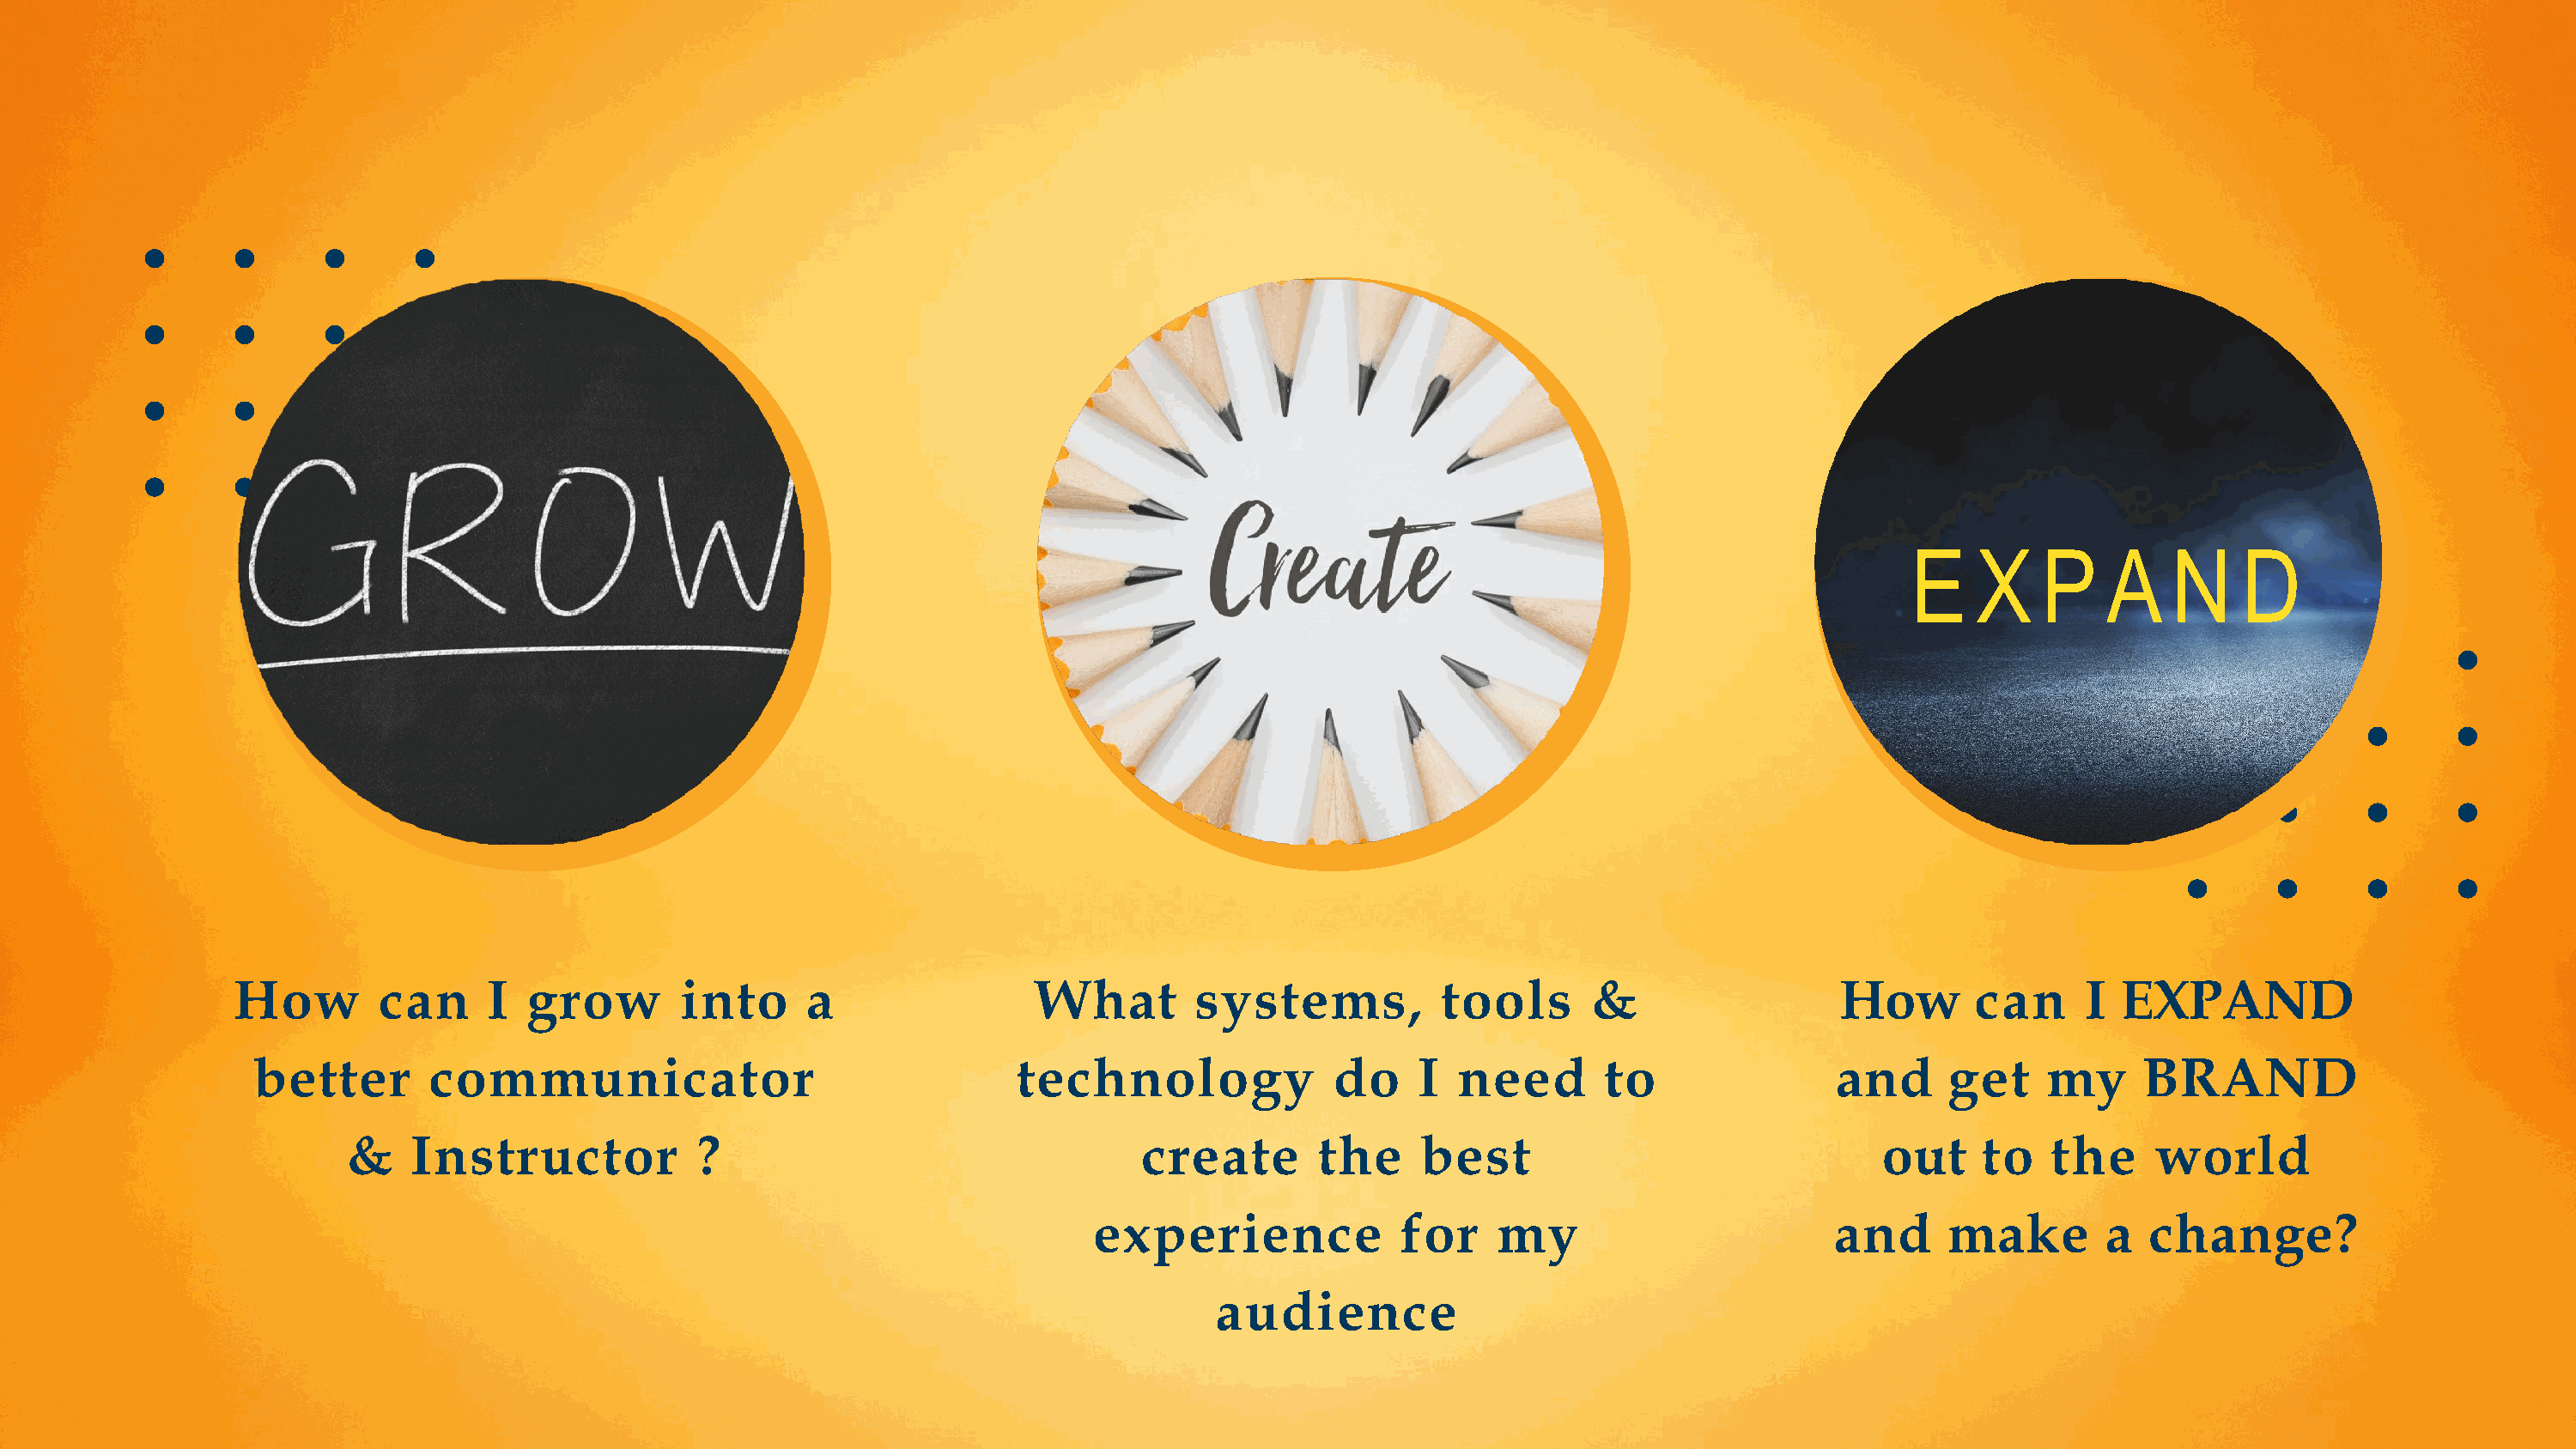
E    X    P    A    N     D
 How        can      I  grow       into      a                 What        systems,           tools       &                  How       can      I EXPAND
 better       communicator                                 technology               do    I  need        to                and     get     my     BRAND
 &    Instructor            ?                                 create        the    best                                out     to   the     world
 experience              for    my                        and      make        a   change?
 audience